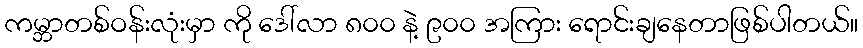
ကမ္ဘာတစ်ဝန်းလုံးမှာ ကို ဒေါ်လာ ၈၀၀ နဲ့ ၉၀၀ အကြား ရောင်းချနေတာဖြစ်ပါတယ်။